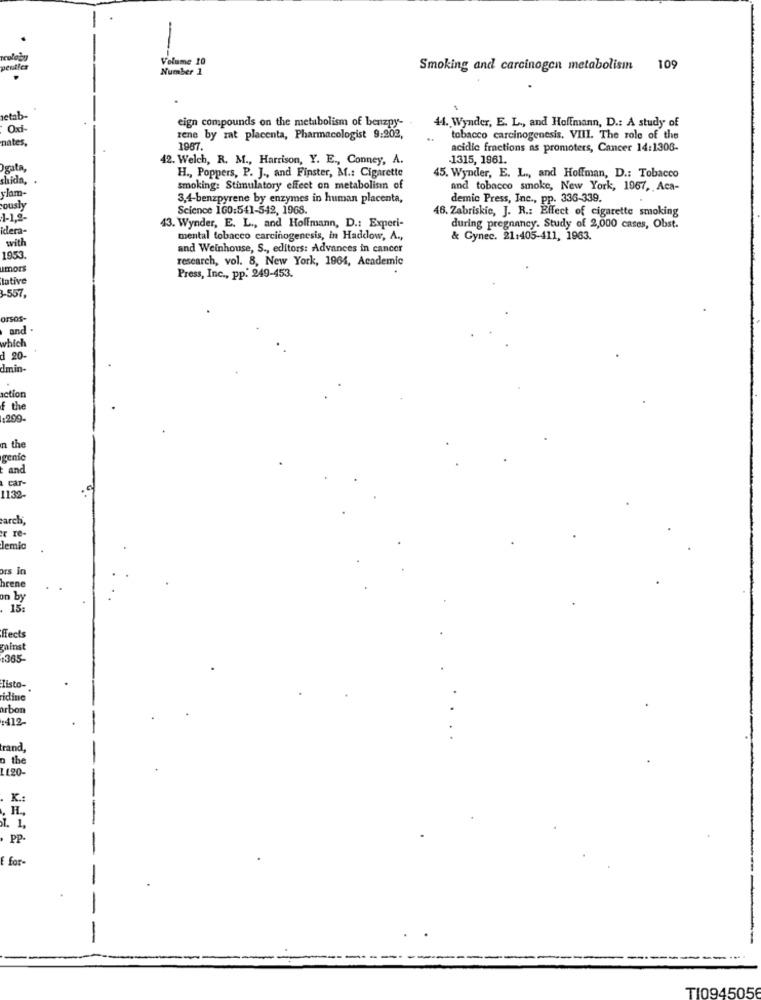
-
Volume 10
pertles
Number 1
Smoking and carcinogen metabolisin 109
letab.
eign compounds on the metabolism of benzpy-
44. Wynder, E. L ., and Hoffmann, D .: A study of
Oxi-
nates
zene by rat placenta, Pharmacologist 9:202,
tobacco carcinogenesis. VIII. The role of the
1987.
acidic fractions as promoters, Cancer 14:1308-
42. Welch, R. M ., Harrison, Y. E ., Conney, A.
-1315, 1961.
Ogata
H ., Poppers, P. J ., and Finster, M .: Cigarette
shida,
45. Wynder, E. L ., and Hoffman, D .: Tobacco
smoking: Stimulatory effect on metabolism of
and tobacco smoke, New York, 1967, Aca-
ylam-
3,4-benzpyrene by enzymes in human placenta,
demic Press, Inc ., pp. 336-339.
ously
Science 160:541-542, 1968.
46. Zabriskie, J. R .: Effect of cigarette smoking
Plera-
43. Wynder, E. L ., and Hoffmann, D .: Experi-
during pregnancy. Study of 2,000 cases, Obst.
with
mental tobacco carcinogenesis, in Haddow, A .,
& Gynec. 21:405-411, 1963.
and Weinhouse, S ., editors: Advances in cancer
1953
research, vol. 8, New York, 1964, Academic
umors
Intive
Press, Inc ., pp. 249-453.
3-557
orsos
and
which
d 20
dmin-
action
f the
:299-
n the
genic
and
car-
1132
arch
r re-
Jemic
ors in
hrene
on by
15:
ffects
minst
1365-
listo-
ridine
arbon
1412-
trand,
the
1120-
K.
H.
. 1,
PP-
for
-
TI094505